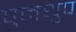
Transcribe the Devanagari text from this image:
पुमधुप